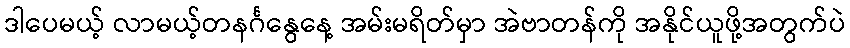
ဒါပေမယ့် လာမယ့်တနင်္ဂနွေနေ့ အမ်းမရိတ်မှာ အဲဗာတန်ကို အနိုင်ယူဖို့အတွက်ပဲ